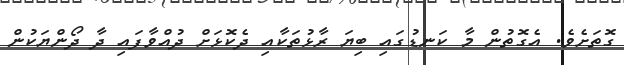
ގޮތަށެވެ. އެގޮތުން މާ ކަނޑުގައި ބިޔަ ރާޅުތަކާއި ދެކޮޅަށް ދުއްވާފައި ދާ ދޯންޔަކުން